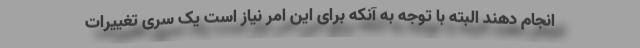
انجام دهند البته با توجه به آنکه برای این امر نیاز است یک سری تغییرات